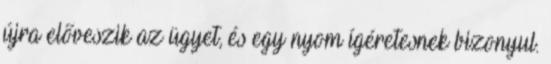
újra előveszik az ügyet, és egy nyom ígéretesnek bizonyul.